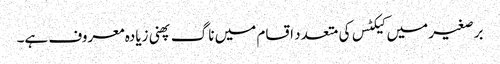
برصغیر میں کیکٹس کی متعدد اقسام میں ناگ پھنی زیادہ معروف ہے۔